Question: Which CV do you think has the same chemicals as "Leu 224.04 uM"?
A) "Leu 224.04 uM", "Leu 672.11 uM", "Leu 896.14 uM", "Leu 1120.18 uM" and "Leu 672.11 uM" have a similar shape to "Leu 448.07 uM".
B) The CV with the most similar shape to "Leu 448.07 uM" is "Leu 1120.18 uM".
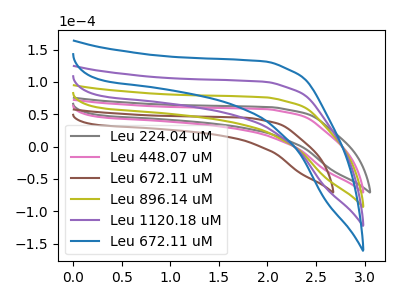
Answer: <think>The gray curve "Leu 224.04 uM" has no peaks. The pink curve "Leu 448.07 uM" has no peaks. The brown curve "Leu 672.11 uM" has no peaks. The olive curve "Leu 896.14 uM" has no peaks. The purple curve "Leu 1120.18 uM" has no peaks. The blue curve "Leu 672.11 uM" has no peaks.
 Neither "Leu 224.04 uM" or "Leu 448.07 uM" have any peaks. Neither "Leu 224.04 uM" or "Leu 672.11 uM" have any peaks. Neither "Leu 224.04 uM" or "Leu 896.14 uM" have any peaks. Neither "Leu 224.04 uM" or "Leu 1120.18 uM" have any peaks. Neither "Leu 224.04 uM" or "Leu 672.11 uM" have any peaks. Neither "Leu 448.07 uM" or "Leu 672.11 uM" have any peaks. Neither "Leu 448.07 uM" or "Leu 896.14 uM" have any peaks. Neither "Leu 448.07 uM" or "Leu 1120.18 uM" have any peaks. Neither "Leu 448.07 uM" or "Leu 672.11 uM" have any peaks. Neither "Leu 672.11 uM" or "Leu 896.14 uM" have any peaks. Neither "Leu 672.11 uM" or "Leu 1120.18 uM" have any peaks. Neither "Leu 672.11 uM" or "Leu 672.11 uM" have any peaks. Neither "Leu 896.14 uM" or "Leu 1120.18 uM" have any peaks. Neither "Leu 896.14 uM" or "Leu 672.11 uM" have any peaks. Neither "Leu 1120.18 uM" or "Leu 672.11 uM" have any peaks.</think>
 <answer>A) "Leu 224.04 uM", "Leu 672.11 uM", "Leu 896.14 uM", "Leu 1120.18 uM" and "Leu 672.11 uM" have a similar shape to "Leu 448.07 uM".</answer>
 <eval>A</eval>